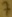
Text: 7